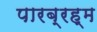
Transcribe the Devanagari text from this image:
पारब्रह्म